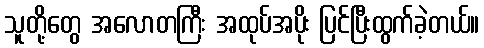
သူတို့တွေ အလောတကြီး အထုပ်အပိုး ပြင်ပြီးထွက်ခဲ့တယ်။